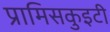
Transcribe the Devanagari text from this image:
प्रामिसकुइटी